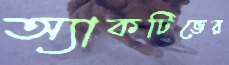
অ্যাকটিভের